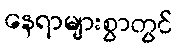
နေရာများစွာတွင်